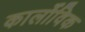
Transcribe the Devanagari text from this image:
कार्लोविक